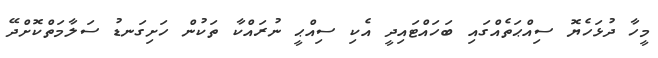
މީހާ ދުޅަހެޔޮ ސިއްޙަތެއްގައި ބަހައްޓައިދީ އެކި ސިއްޙީ ނުރައްކާ ތަކުން ހަށިގަނޑު ސަލާމަތްކޮށްދޭ